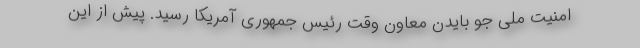
امنیت ملی جو بایدن معاون وقت رئیس جمهوری آمریکا رسید. پیش از این